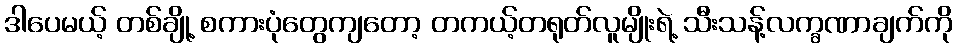
ဒါပေမယ့် တစ်ချို့ စကားပုံတွေကျတော့ တကယ့်တရုတ်လူမျိုးရဲ့ သီးသန့်လက္ခဏာချက်ကို